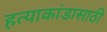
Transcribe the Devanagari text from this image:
हत्याकांडासाठी